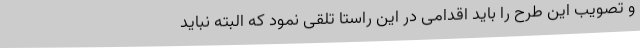
و تصویب این طرح را باید اقدامی در این راستا تلقی نمود که البته نباید